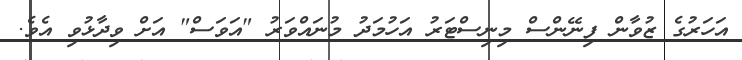
އަހަރުގެ ޒުވާން ފިނޭންސް މިނިސްޓަރު އަހުމަދު މުނައްވަރު "އަވަސް" އަށް ވިދާޅުވި އެވެ.